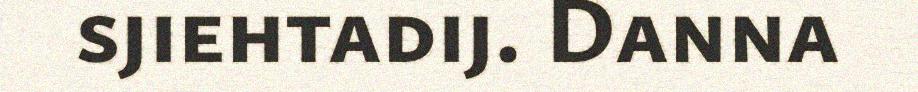
sjiehtadij. Danna